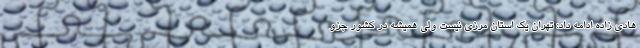
هادی زاده ادامه داد: تهران یک استان مرزی نیست ولی همیشه در کشور جزو